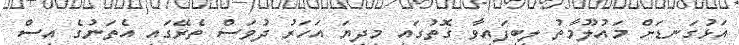
އަޅުގަނޑަށް މައުލޫމާތު ލިބިފައިވާ ގޮތުގައި މިދިޔަ އަހަރު ދުވަސް ތެރޭގައި އެތަނުގެ އިސް